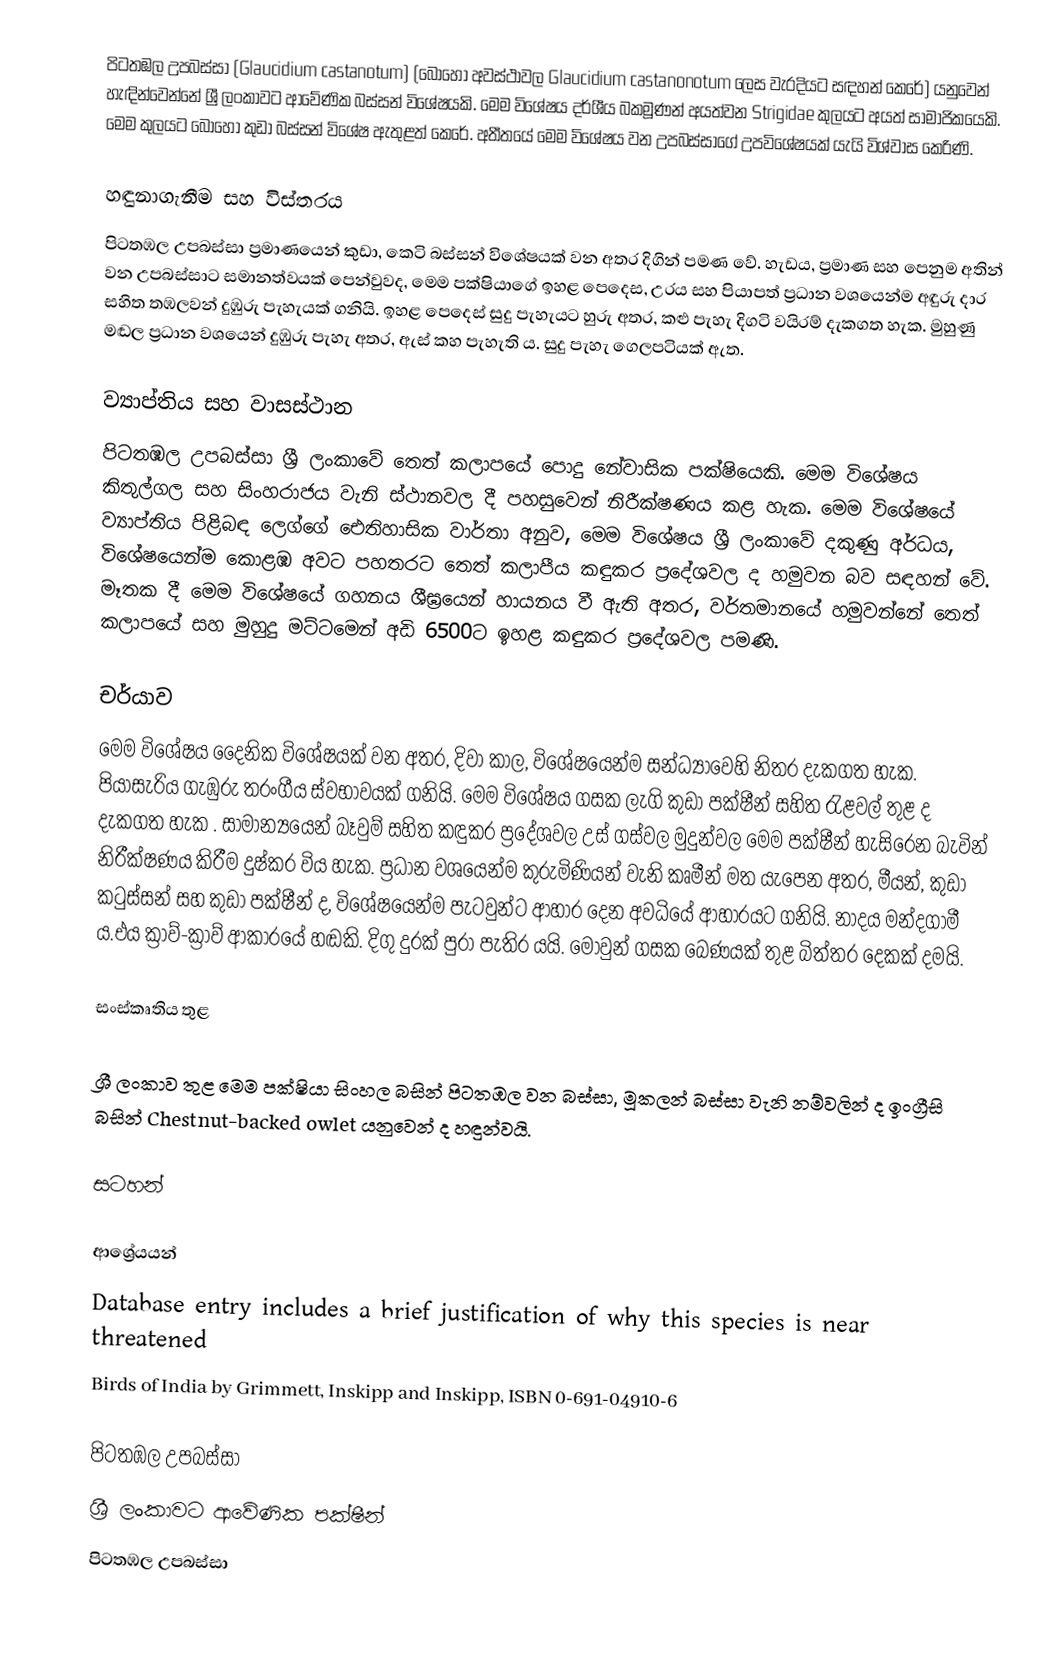
පිටතඹල උපබස්සා (Glaucidium castanotum) (බොහෝ අවස්ථාවල Glaucidium castanonotum ලෙස වැරදියට සඳහන් කෙරේ) යනුවෙන් හැඳින්වෙන්නේ ශ්‍රී ලංකාවට ආවේණික බස්සන් විශේෂයකි. මෙම විශේෂය දර්ශීය බකමූණන් අයත්වන Strigidae කුලයට අයත් සාමාජිකයෙකි. මෙම කුලයට බොහෝ කුඩා බස්සන් විශේෂ ඇතුළත් කෙරේ. අතීතයේ මෙම විශේෂය වන උපබස්සාගේ උපවිශේෂයක් යැයි විශ්වාස කෙරිණි.

හඳුනාගැනීම සහ විස්තරය
පිටතඹල උපබස්සා ප්‍රමාණයෙන් කුඩා, කෙටි බස්සන් වි‍ශේෂයක් වන අතර දිගින්  පමණ වේ. හැඩය, ප්‍රමාණ සහ පෙනුම අතින් වන උපබස්සාට සමානත්වයක් පෙන්වුවද, මෙම පක්ෂියාගේ ඉහළ පෙදෙස, උරය සහ පියාපත් ප්‍රධාන වශයෙන්ම අඳුරු දාර සහිත තඹලවන් දුඹුරු පැහැයක් ගනියි. ඉහළ පෙදෙස් සුදු පැහැයට හුරු අතර, කළු පැහැ දිගටි වයිරම් දැකගත හැක. මුහුණු මඬල ප්‍රධාන වශයෙන් දුඹුරු පැහැ අතර, ඇස් කහ පැහැති ය. සුදු පැහැ ගෙලපටියක් ඇත.

ව්‍යාප්තිය සහ වාසස්ථාන
පිටතඹල උපබස්සා ශ්‍රී ලංකාවේ තෙත් කලාපයේ පොදු නේවාසික පක්ෂියෙකි. මෙම විශේෂය කිතුල්ගල සහ සිංහරාජය වැනි ස්ථානවල දී පහසුවෙන් නිරීක්ෂණය කළ හැක. මෙම විශේෂයේ ව්‍යාප්තිය පිළිබඳ ලෙග්ගේ ඓතිහාසික වාර්තා අනුව, මෙම විශේෂය ශ්‍රී ලංකාවේ දකුණු අර්ධය, විශේෂයෙන්ම කොළඹ අවට පහතරට තෙත් කලාපීය කඳුකර ප්‍රදේශවල ද හමුවන බව සඳහන් වේ. මෑතක දී මෙම විශේෂයේ ගහනය ශීඝ්‍රයෙන් හායනය වී ඇති අතර, වර්තමානයේ හමුවන්නේ තෙත් කලාපයේ සහ මුහුදු මට්ටමෙන් අඩි 6500ට ඉහළ කඳුකර ප්‍රදේශවල පමණි.

චර්යාව
මෙම විශේෂය දෛනික විශේෂයක් වන අතර, දිවා කාල, විශේෂයෙන්ම සන්ධ්‍යාවෙහි නිතර දැකගත හැක. පියාසැරිය ගැඹුරු තරංගීය ස්වභාවයක් ගනියි. මෙම විශේෂය ගසක ලැගි කුඩා පක්ෂීන් සහිත රැළවල් තුළ ද දැකගත හැක . සාමාන්‍යයෙන් බෑවුම් සහිත කඳුකර ප්‍රදේශවල උස් ගස්වල මුදුන්වල මෙම පක්ෂීන් හැසිරෙන බැවින් නිරීක්ෂණය කිරීම දුෂ්කර විය හැක. ප්‍රධාන වශයෙන්ම කුරුමිණියන් වැනි කෘමීන් මත යැපෙන අතර, මීයන්, කුඩා කටුස්සන් සහ කුඩා පක්ෂීන් ද, විශේෂයෙන්ම පැටවුන්ට ආහාර දෙන අවධියේ ආහාරයට ගනියි. නාදය මන්දගාමී ය.එය ක්‍රාව්-ක්‍රාව් ආකාරයේ හඬකි. දිගු දුරක් පුරා පැතිර යයි. මොවුන් ගසක බෙණයක් තුළ බිත්තර දෙකක් දමයි.

සංස්කෘතිය තුළ

ශ්‍රී ලංකාව තුළ මෙම පක්ෂියා සිංහල බසින් පිටතඹල වන බස්සා, මූකලන් බස්සා වැනි නම්වලින් ද ඉංග්‍රීසි බසින් Chestnut-backed owlet යනුවෙන් ද හඳුන්වයි.

සටහන්

ආශ්‍රේයයන්
  Database entry includes a brief justification of why this species is near threatened
 Birds of India by Grimmett, Inskipp and Inskipp, ISBN 0-691-04910-6

පිටතඹල උපබස්සා
ශ්‍රී ලංකාවට ආවේණික පක්ෂීන්
පිටතඹල උපබස්සා